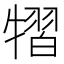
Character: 𤛊